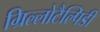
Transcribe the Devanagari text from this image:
ग्रिल्लोटैल्पिडी